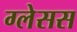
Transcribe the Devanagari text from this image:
ग्लेसस